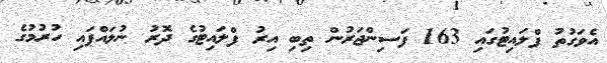
އެވަގުތު ފްލައިޓުގައި 163 ފަސިންޖަރުން ތިބި އިރު ފްލައިޓުގެ ދޮރު ނުލައްޕައި ހުރުމުގެ